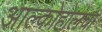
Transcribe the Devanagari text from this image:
आल्कोहोलचा